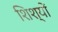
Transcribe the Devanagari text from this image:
शिश्यों